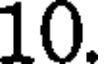
10.